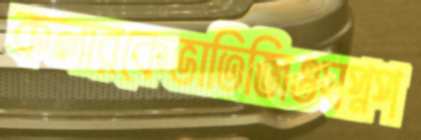
কলারকেভাতিজিওস্বপ্নপ